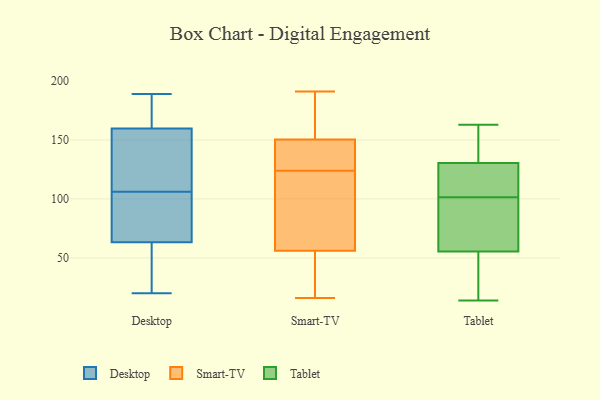
{"axis": {"x": "Humidity (%)", "y": "Value"}, "legend": ["Desktop", "Smart-TV", "Tablet"], "data": [{"x": "", "y": 118, "type": "Desktop"}, {"x": "", "y": 152, "type": "Desktop"}, {"x": "", "y": 28, "type": "Desktop"}, {"x": "", "y": 159, "type": "Desktop"}, {"x": "", "y": 53, "type": "Desktop"}, {"x": "", "y": 162, "type": "Desktop"}, {"x": "", "y": 91, "type": "Desktop"}, {"x": "", "y": 66, "type": "Desktop"}, {"x": "", "y": 20, "type": "Desktop"}, {"x": "", "y": 106, "type": "Desktop"}, {"x": "", "y": 92, "type": "Desktop"}, {"x": "", "y": 189, "type": "Desktop"}, {"x": "", "y": 55, "type": "Desktop"}, {"x": "", "y": 175, "type": "Desktop"}, {"x": "", "y": 189, "type": "Desktop"}, {"x": "", "y": 116, "type": "Desktop"}, {"x": "", "y": 76, "type": "Desktop"}, {"x": "", "y": 27, "type": "Smart-TV"}, {"x": "", "y": 80, "type": "Smart-TV"}, {"x": "", "y": 191, "type": "Smart-TV"}, {"x": "", "y": 48, "type": "Smart-TV"}, {"x": "", "y": 168, "type": "Smart-TV"}, {"x": "", "y": 139, "type": "Smart-TV"}, {"x": "", "y": 154, "type": "Smart-TV"}, {"x": "", "y": 99, "type": "Smart-TV"}, {"x": "", "y": 124, "type": "Smart-TV"}, {"x": "", "y": 140, "type": "Smart-TV"}, {"x": "", "y": 16, "type": "Smart-TV"}, {"x": "", "y": 163, "type": "Tablet"}, {"x": "", "y": 50, "type": "Tablet"}, {"x": "", "y": 58, "type": "Tablet"}, {"x": "", "y": 120, "type": "Tablet"}, {"x": "", "y": 140, "type": "Tablet"}, {"x": "", "y": 125, "type": "Tablet"}, {"x": "", "y": 155, "type": "Tablet"}, {"x": "", "y": 14, "type": "Tablet"}, {"x": "", "y": 91, "type": "Tablet"}, {"x": "", "y": 79, "type": "Tablet"}, {"x": "", "y": 136, "type": "Tablet"}, {"x": "", "y": 23, "type": "Tablet"}, {"x": "", "y": 53, "type": "Tablet"}, {"x": "", "y": 112, "type": "Tablet"}, {"x": "", "y": 70, "type": "Tablet"}, {"x": "", "y": 121, "type": "Tablet"}]}